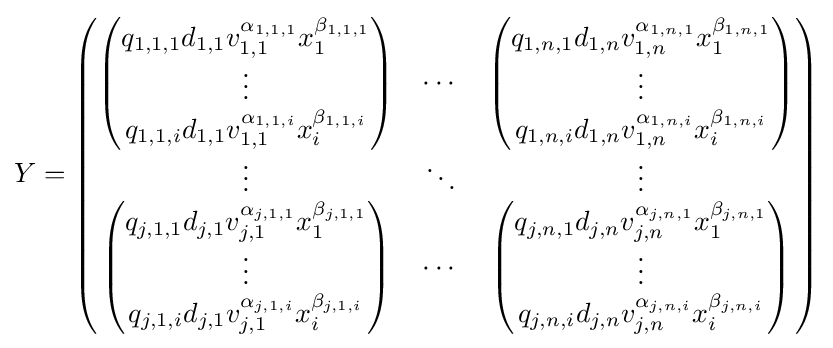
Y={\begin{pmatrix}{\begin{pmatrix}q_{1,1,1}d_{1,1}v_{1,1}^{\alpha _{1,1,1}}x_{1}^{\beta _{1,1,1}}\\\vdots \\q_{1,1,i}d_{1,1}v_{1,1}^{\alpha _{1,1,i}}x_{i}^{\beta _{1,1,i}}\end{pmatrix}}&\cdots &{\begin{pmatrix}q_{1,n,1}d_{1,n}v_{1,n}^{\alpha _{1,n,1}}x_{1}^{\beta _{1,n,1}}\\\vdots \\q_{1,n,i}d_{1,n}v_{1,n}^{\alpha _{1,n,i}}x_{i}^{\beta _{1,n,i}}\end{pmatrix}}\\\vdots &\ddots &\vdots \\{\begin{pmatrix}q_{j,1,1}d_{j,1}v_{j,1}^{\alpha _{j,1,1}}x_{1}^{\beta _{j,1,1}}\\\vdots \\q_{j,1,i}d_{j,1}v_{j,1}^{\alpha _{j,1,i}}x_{i}^{\beta _{j,1,i}}\end{pmatrix}}&\cdots &{\begin{pmatrix}q_{j,n,1}d_{j,n}v_{j,n}^{\alpha _{j,n,1}}x_{1}^{\beta _{j,n,1}}\\\vdots \\q_{j,n,i}d_{j,n}v_{j,n}^{\alpha _{j,n,i}}x_{i}^{\beta _{j,n,i}}\end{pmatrix}}\end{pmatrix}}